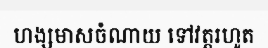
ហង្សមាសចំណាយ ទៅវត្តរហូត